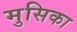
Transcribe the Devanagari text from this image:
मुसिका